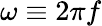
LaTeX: \omega\equiv 2\pi f